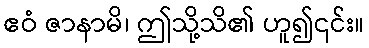
ဧဝံ ဇာနာမိ၊ ဤသို့သိ၏ ဟူ၍၎င်း။